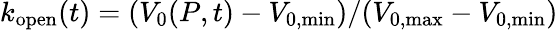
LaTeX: k_{\mathrm{open}}(t)=(V_{\mathrm{0}}(P,t)-V_{\mathrm{0,min}})/(V_{\mathrm{0,max}}-V_{\mathrm{0,min}})